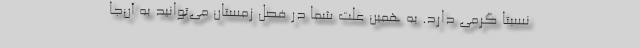
نسبتا گرمی دارد. به همین علت شما در فصل زمستان می‌توانید به آن‌جا